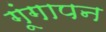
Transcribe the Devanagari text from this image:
गूंगापन